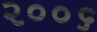
૨૦૦૬